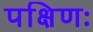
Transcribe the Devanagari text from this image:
पक्षिणः